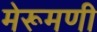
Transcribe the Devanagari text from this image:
मेरूमणी